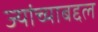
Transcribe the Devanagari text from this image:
ज्यांच्याबद्दल